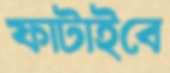
ফাটাইবে